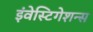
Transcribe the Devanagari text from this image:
इंवेस्टिगेशन्स